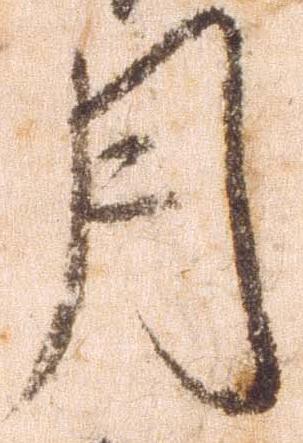
月